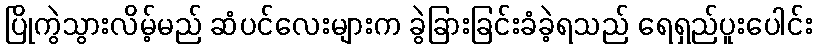
ပြိုကွဲသွားလိမ့်မည် ဆံပင်လေးများက ခွဲခြားခြင်းခံခဲ့ရသည် ရေရှည်ပူးပေါင်း